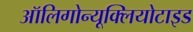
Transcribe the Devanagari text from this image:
ऑलिगोन्यूक्लियोटाइड